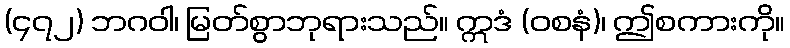
(၄၇၂) ဘဂဝါ၊ မြတ်စွာဘုရားသည်။ ဣဒံ (ဝစနံ)၊ ဤစကားကို။